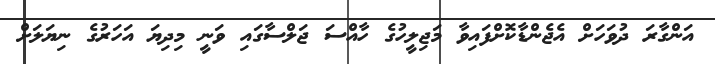
އަންގާރަ ދުވަހަށް އެޖެންޑާކޮށްފައިވާ މަޖިލީހުގެ ހާއްސަ ޖަލްސާގައި ވަނީ މިދިޔަ އަހަރުގެ ނިޔަލަށް